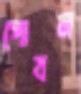
পোষন